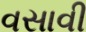
વસાવી